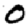
Digit: 0